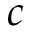
c